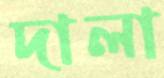
দালা